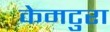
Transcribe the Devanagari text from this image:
केमटुरा